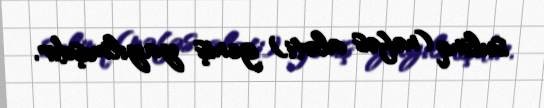
sulinq (nəfəs aləti) geniş yayılmışdır.